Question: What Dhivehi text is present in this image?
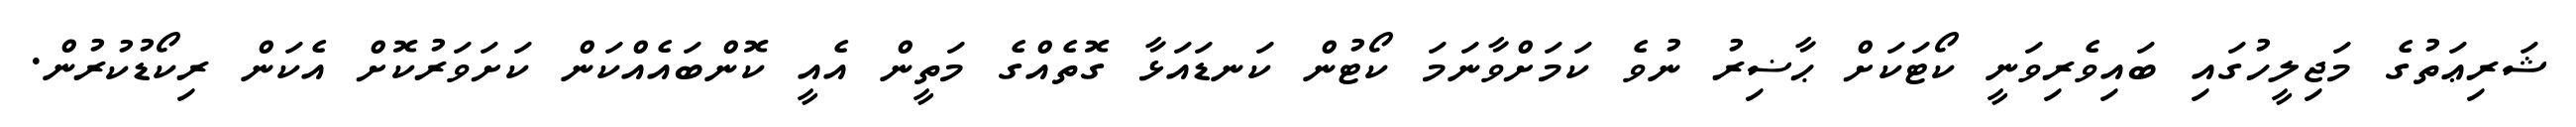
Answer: ޝަރިޢަތުގެ މަޖިލީހުގައި ބައިވެރިވަނީ ކޯޓަކަށް ޙާޟިރު ނުވެ ކަމަށްވާނަމަ ކޯޓުން ކަނޑައަޅާ ގޮތެއްގެ މަތީން އެއީ ކޮންބައެއްކަން ކަށަވަރުކޮށް އެކަން ރިކޯޑުކުރުން.